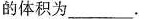
的体积为___.